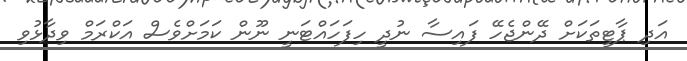
އަދި ޕާޓީތަކަށް ދޭންޖެހޭ ފައިސާ ނުދީ ހިފަހައްޓަނީ ނޫން ކަމަށްވެސް އަކްރަމް ވިދާޅުވި